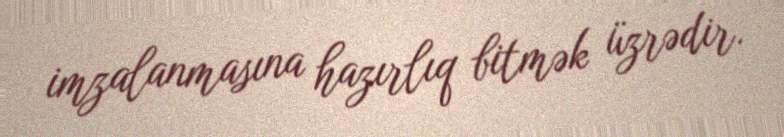
imzalanmasına hazırlıq bitmək üzrədir.